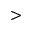
>